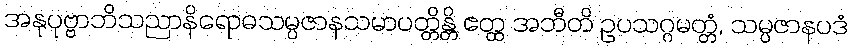
အနုပုဗ္ဗာဘိသညာနိရောဓသမ္ပဇာနသမာပတ္တိန္တိ ဧတ္ထ အဘီတိ ဥပသဂ္ဂမတ္တံ, သမ္ပဇာနပဒံ